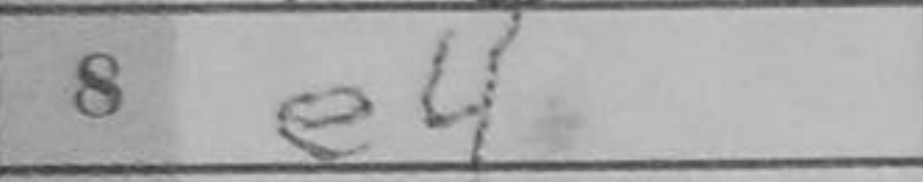
Transcription: e4